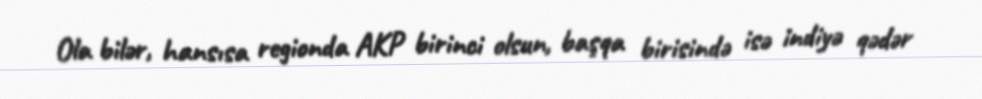
Ola bilər, hansısa regionda AKP birinci olsun, başqa birisində isə indiyə qədər